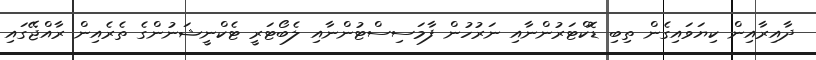
ދާއިރާއިން ކިޔަވައިގެން ތިބި ޑޮކްޓަރުންނާއި ނަރުހުން ފާމަސިސްޓުންނާއި ލެބޯޓަރީ ޓެކްނީޝަނުންގެ ތެރެއިން ރާއްޖޭގައި